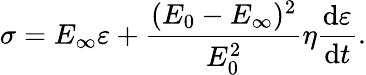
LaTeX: \sigma=E_{\infty}\varepsilon+\frac{(E_{0}-E_{\infty})^{2}}{E_{0}^{2}}\eta\frac{\mathrm{d}\varepsilon}{\mathrm{d}t}.